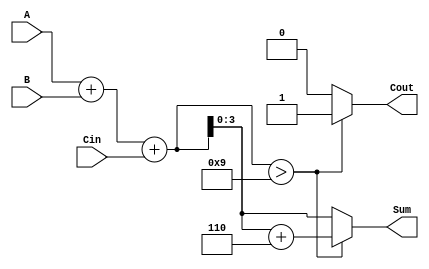
module BCD_Adder (
    input [3:0] A,      // First BCD digit
    input [3:0] B,      // Second BCD digit
    input Cin,          // Carry input
    output reg [3:0] Sum, // BCD sum output
    output reg Cout      // Carry output
);

    wire [4:0] TempSum; // 5-bit wire for the initial sum (A + B + Cin)

    // Compute the initial binary sum
    assign TempSum = A + B + Cin;

    always @(*) begin
        // Check if TempSum exceeds 9
        if (TempSum > 9) begin
            Cout = 1;              // Set carry output
            Sum = TempSum + 6;    // Correct the sum by adding 6
        end else begin
            Cout = 0;              // No carry
            Sum = TempSum[3:0];    // Take the lower 4 bits as the valid BCD sum
        end
    end

endmodule